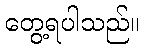
တွေ့ရပါသည်။